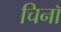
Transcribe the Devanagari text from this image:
चिनॉ